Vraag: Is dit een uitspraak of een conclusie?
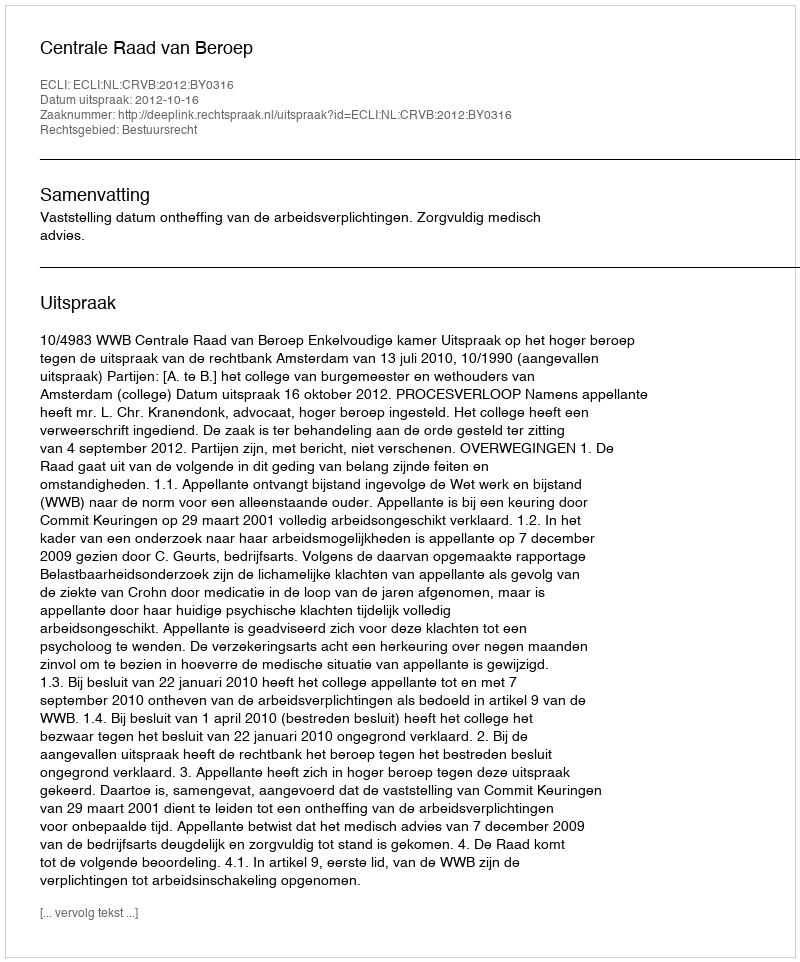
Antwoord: Uitspraak